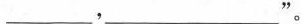
___，___”。